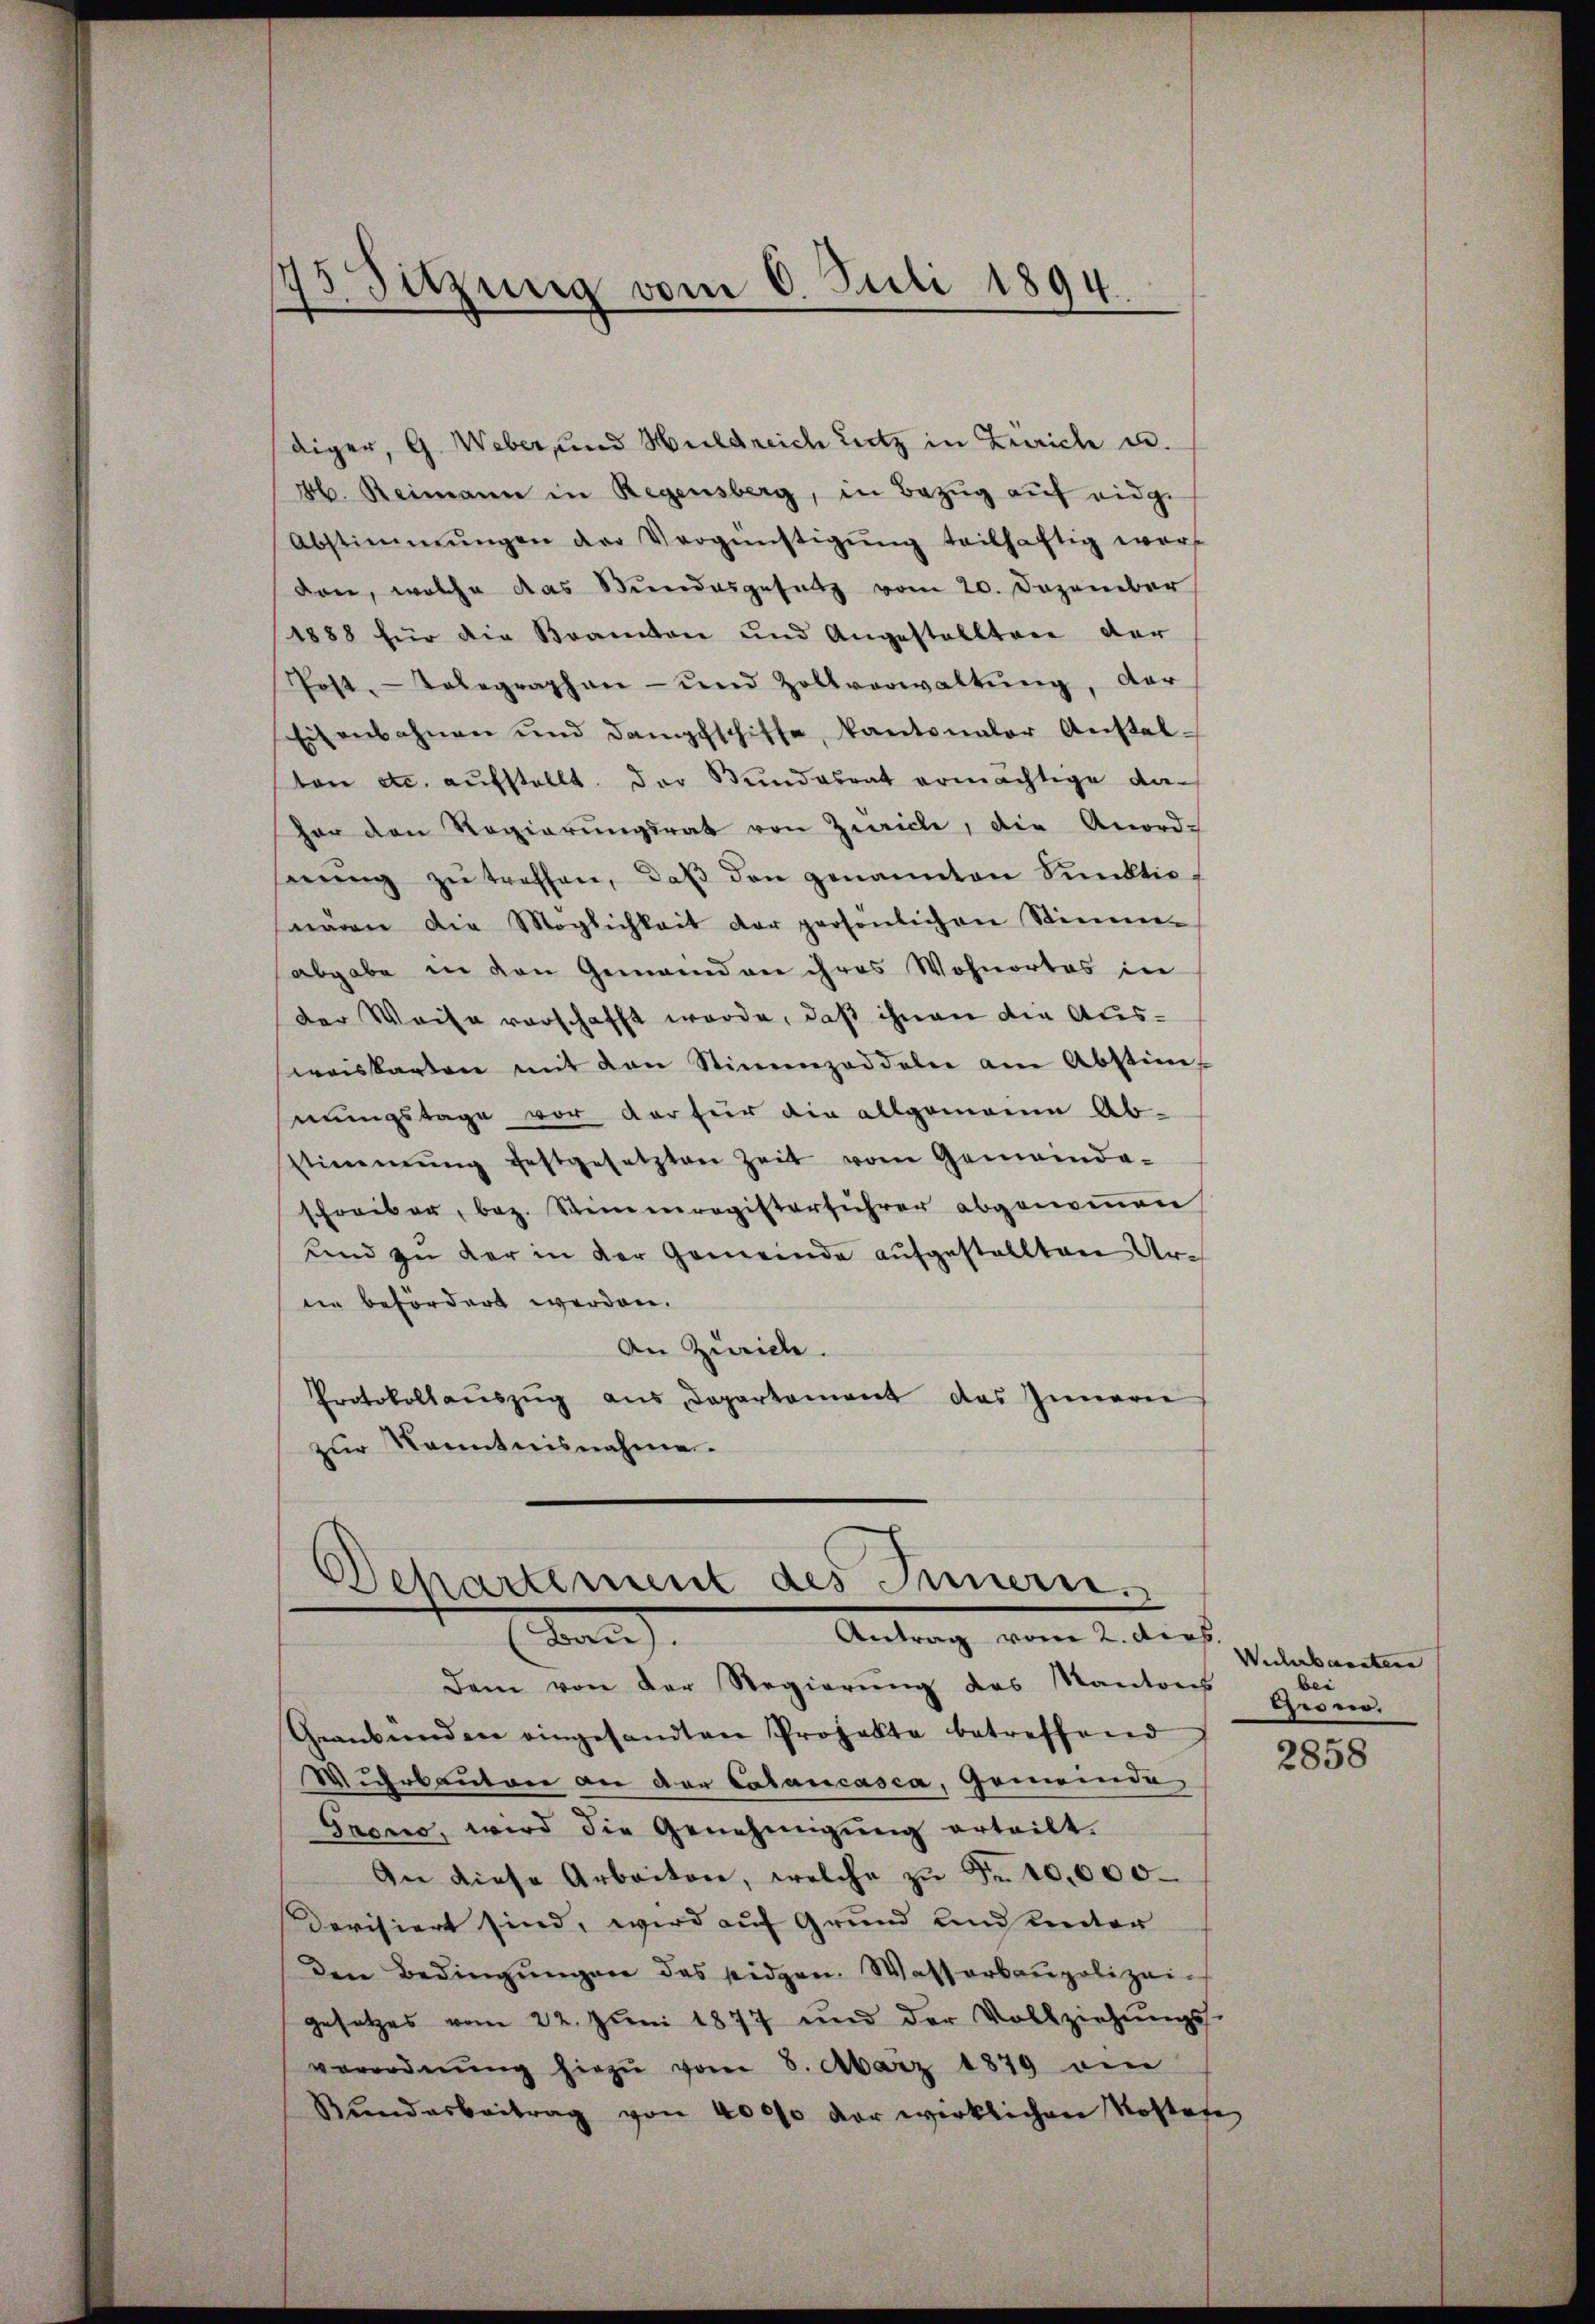
75 Sitzung vom 6. Juli 1894.

diger, G. Weber, und Huldreich Lutz in Zürich u.
46. Reimann in Regensberg, in Bezug auf eidge
Abstimmungen der Vergünstigŭng teilhaftig war
den, welche das Bundesgesetz vom 20. Dezember
1888 für die Beamten und Angestellten der
Post-Telegraphen- und Zollverwaltŭng, der
Eisenbahnen und dampfschiffe, kantonaler Anstal-
ton etc. aufstellt. Der Bundesrat ermächtige dahor den Regierŭngsrat von Zürich, die Anord-
nŭng zŭ treffen, daβ den genannten Sunktioswaren die Möglichkeit der persönlichen Stimm-
abgabe in den Gemeinden ihres Wohnortes in
der Weise vorschafft werde, daß ihnen die Ausweiskarten mit den Stimmzeddeln am Abstim-
mungstage vor der für die allgemeine Ab-
stimmung festgesetzten Zeit vom Gemeinda-
schreiber, bez. Stimmregisterführer abgenommen
und zu der in der Gemeinde aufgestellten Arne befördert werden.
An Zürich.
Protokollaŭszŭg aŭs Departement des Innern
zur Kenntnisnahme.

Departement des Innern.
Antrag vom 2. ders.
den)

Dem von der Regierŭng des Kantons
Geanbünden eingesandten Projekte betreffend
Muhrbautore an der Calancasca, Gemeinde
Gnono, wird die Genehmigung erteilt.
An diese Arbeiten, welche zŭ Fr. 10,000.
Devisiert sind, wird auf Grund und Rector
den Bedingŭngen das seidgen. Wasserbaupolizei-
gesetzes vom 22. Jŭni 1877 und der Vollziehŭngs-
verordnŭng hiezu vom 8. März 1879 ain
Rŭndarbeitrag von 4000 vor wirklichen Kostafe

Wickerbaraten
bei
gino.

2858